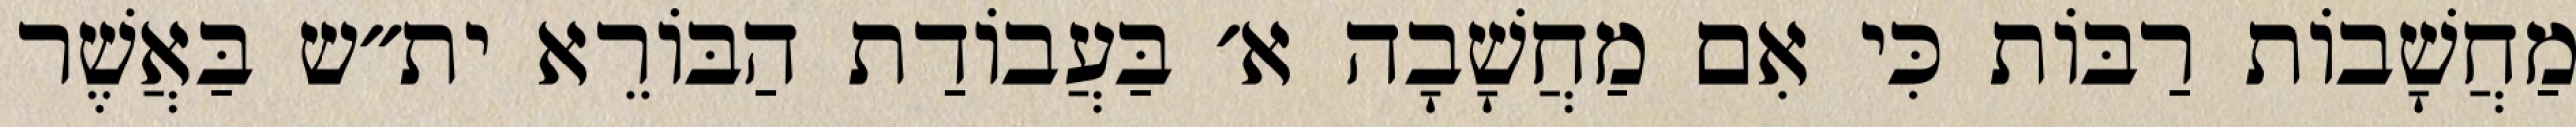
מַחֲשָׁבוֹת רַבּוֹת כִּי אִם מַחֲשָׁבָה א׳ בַּעֲבוֹדַת הַבּוֹרֵא ית״ש בַּאֲשֶׁר